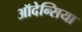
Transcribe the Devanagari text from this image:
ऑदेन्सिया